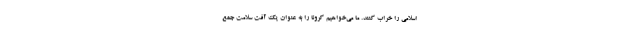
اسلامی را خراب کنند. ما می‌خواهیم کرونا را به عنوان یک آفت سلامت جمع